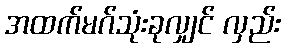
အထက်မဂ်သုံးခုလျှင် လှည်း